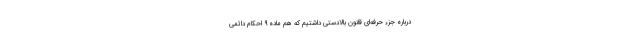
درباره جزء حرفه‌ای قانون بالادستی داشتیم که هم ماده ۹ احکام دائمی